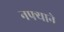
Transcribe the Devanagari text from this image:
नफ्याने